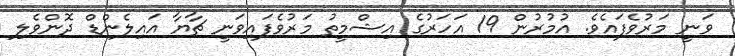
ވަނީ މަރުވެފައެވެ. އުމުރުން 19 އަހަރުގެ އިޝްމީތު މަރުވެފައިވަނީ ޗާޔާ އައިލެންޑް ދޮންވެލި